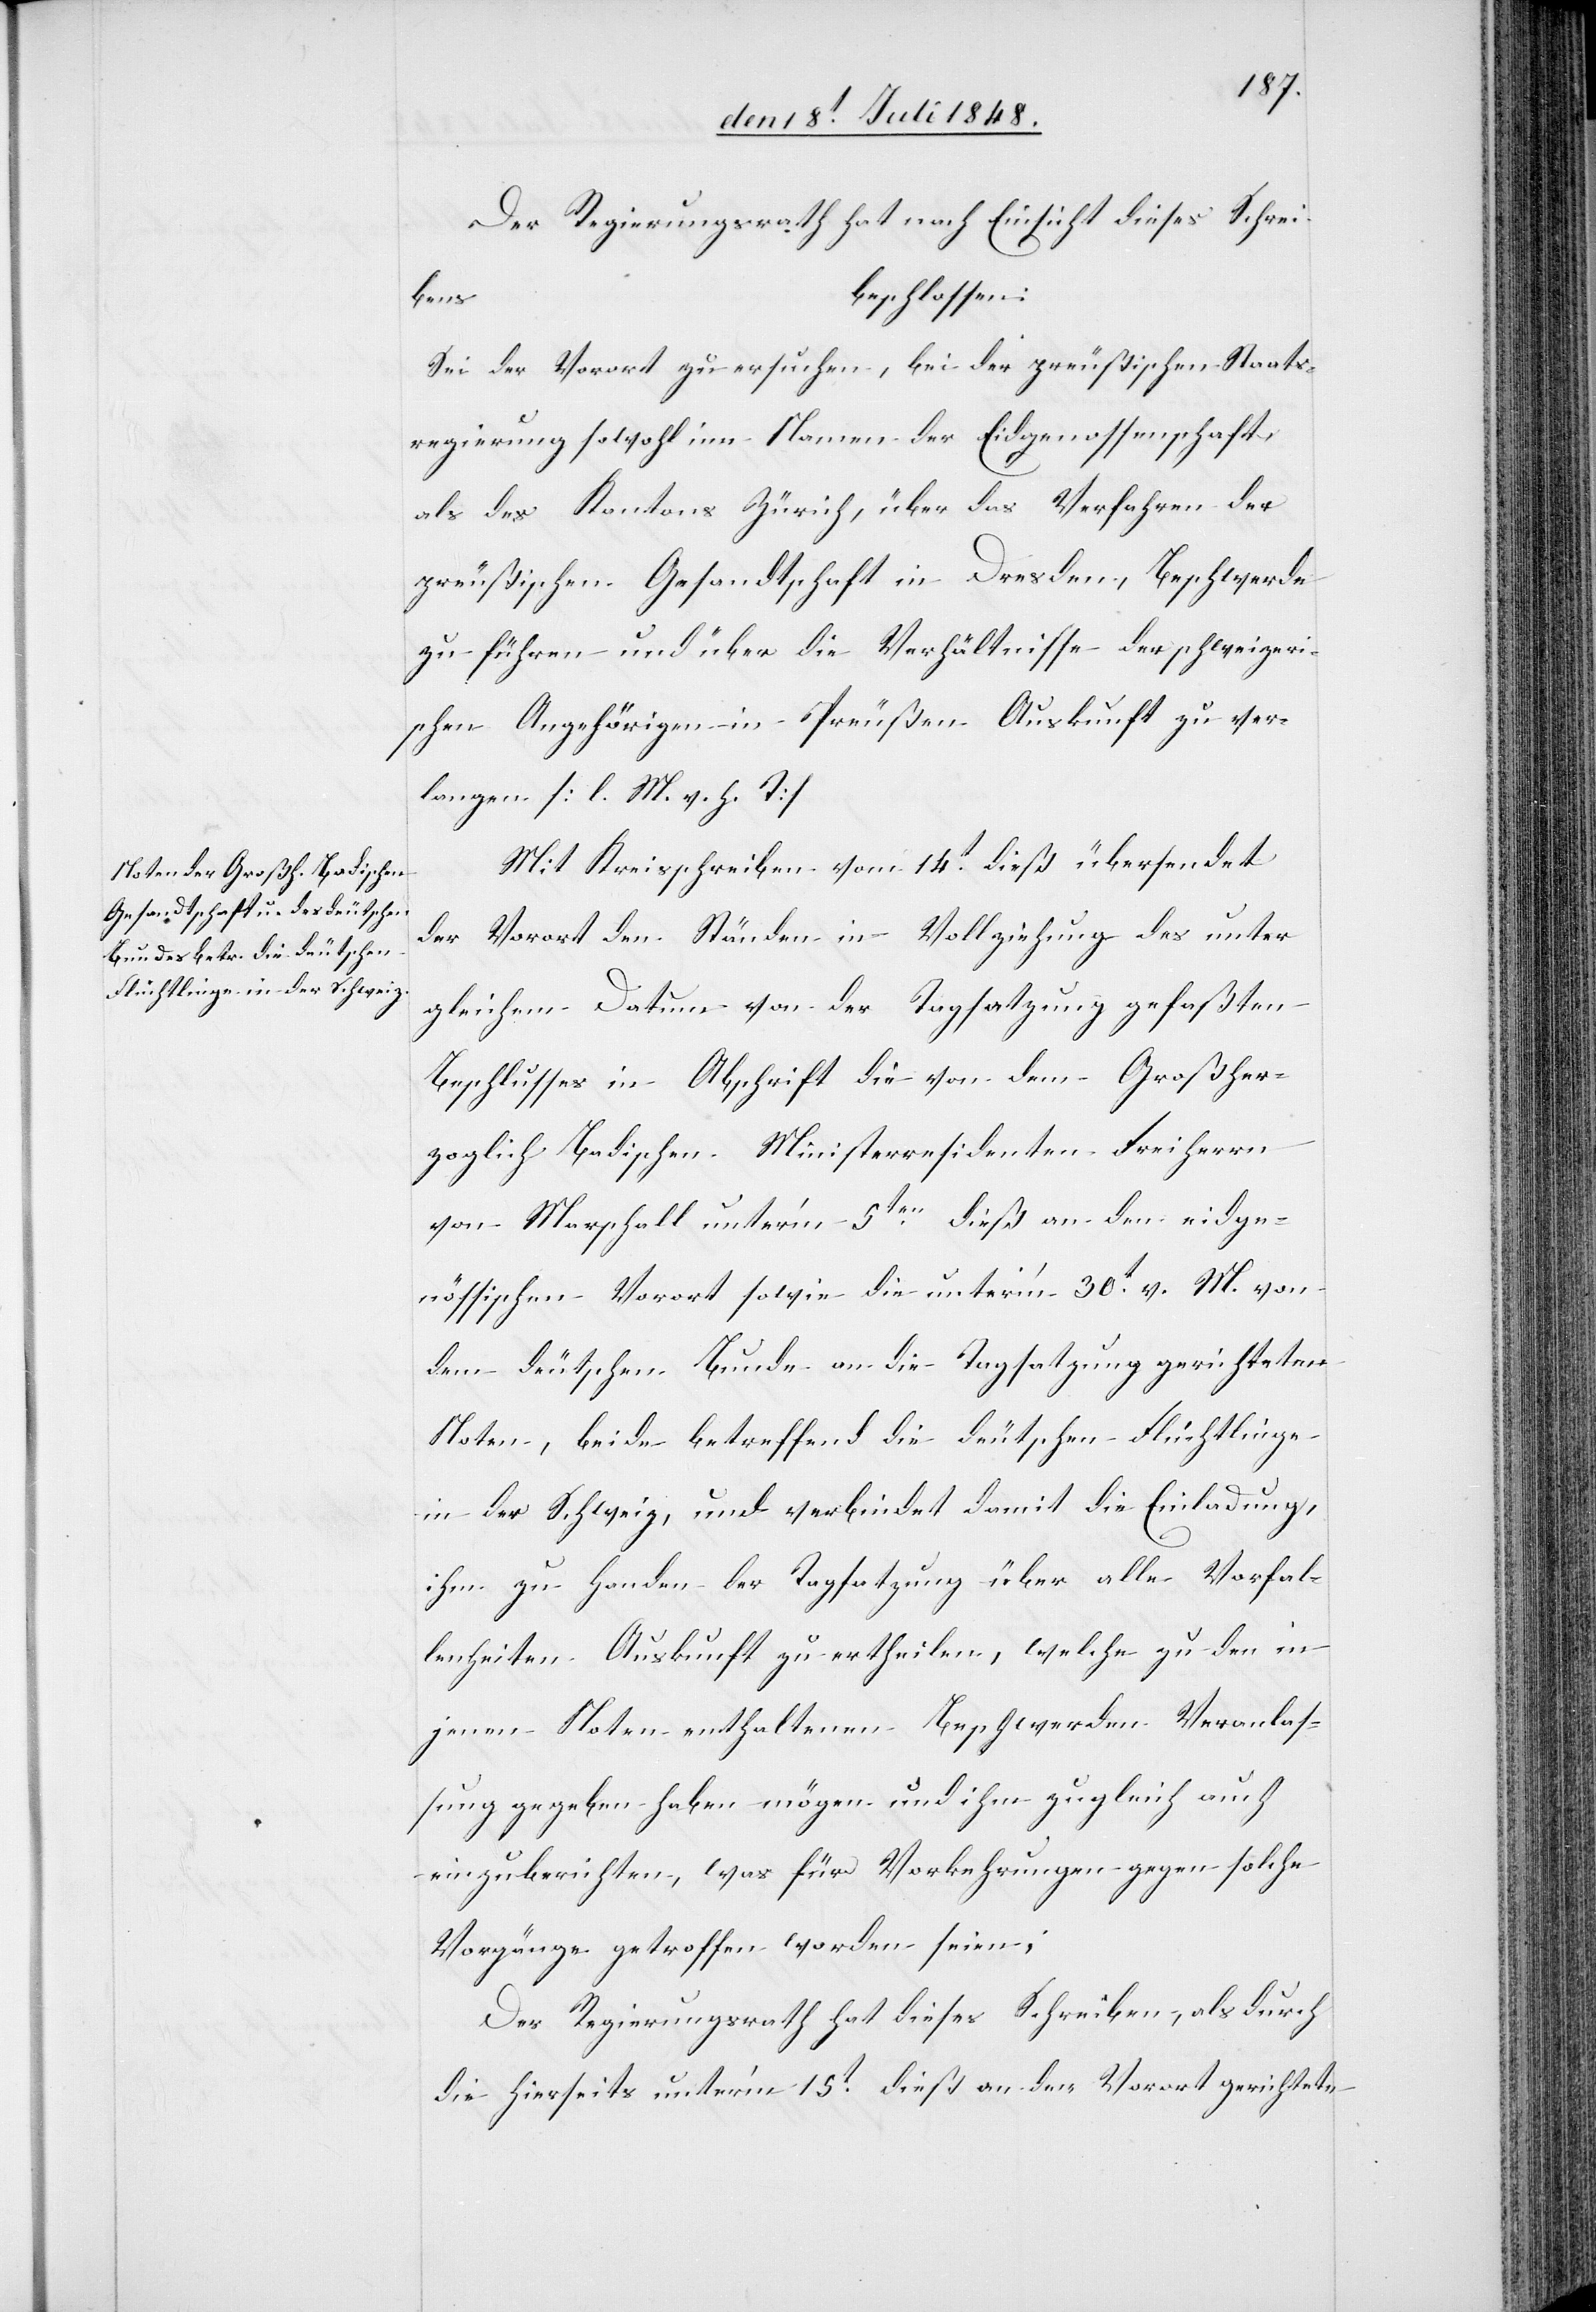
Der Regierungsrath hat nach Einsicht dieses Schrei¬
beschlossen:
bens
Sei der Vorort zu ersuchen, bei der preußischen Staats¬
regierung sowohl inn [sic!] Namen der Eidgenossenschaft,
als des Kantons Zürich, über das Verfahren der
preußischen Gesandtschaft in Dresden, Beschwerde
zu führen und über die Verhältnisse der schweizeri¬
schen Angehörigen in Preußen Auskunft zu ver¬
langen. [l. M. v. h. T]
Mit Kreisschreiben vom 14t dieß übersendet
der Vorort den Ständen in Vollziehung des unter
gleichem Datum von der Tagsatzung gefaßten
Beschlusses in Abschrift die von dem Großher¬
zoglich Badischen Ministerresidenten Freiherrn
von Marschall unter’m 5ten dieß an den eidge¬
nössischen Vorort sowie die unter’m 30t v. M. von
dem deutschen Bunde an die Tagsatzung gerichteten
Noten, beide betreffend die deutschen Flüchtlinge
in der Schweiz, und verbindet damit die Einladung,
ihm zu Handen der Tagsatzung über alle Vorfal¬
lenheiten Auskunft zu ertheilen, welche zu den in
jenen Noten enthaltenen Beschwerden Veranlas¬
sung gegeben haben mögen und ihm zugleich auch
einzuberichten, was für Vorkehrungen gegen solche
Vorgänge getroffen worden seien;
Der Regierungsrath hat dieses Schreiben, als durch
die hierseits unter’m 15t dieß an den Vorort gerichtete